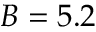
B = 5 . 2